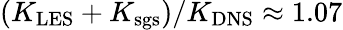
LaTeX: (K_{\mathrm{LES}}+K_{\mathrm{sgs}})/K_{\mathrm{DNS}}\approx 1{.}07